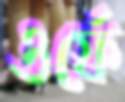
ওর্ফে